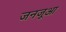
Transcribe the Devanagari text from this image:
जनजूआ